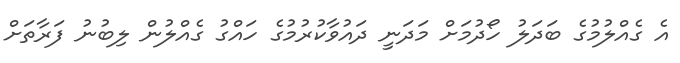
އެ ގެއްލުމުގެ ބަދަލު ހޯދުމަށް މަދަނީ ދައުވާކުރުމުގެ ހައްގު ގެއްލުން ލިބުނު ފަރާތަށް